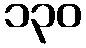
၁၃၀